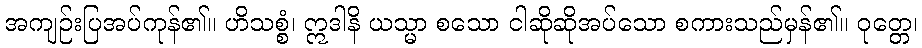
အကျဉ်းပြအပ်ကုန်၏။ ဟိသစ္စံ၊ ဣဒါနိ ယသ္မာ စသော ငါဆိုဆိုအပ်သော စကားသည်မှန်၏။ ဝုတ္တေ၊